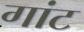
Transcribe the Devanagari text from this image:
गांट